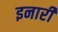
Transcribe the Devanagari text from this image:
इनारी